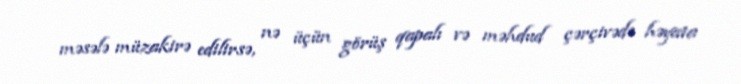
məsələ müzakirə edilirsə, nə üçün görüş qapalı və məhdud çərçivədə həyata